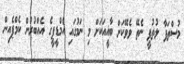
މުސްތަފާ ލުތުފީ ނެތޭ ވެވޭކަށް ބާޣީއަކަށް މި ނަމުގައި އެމްޑީޕީގެ އެއްބުރުން ކެމްޕެއިން